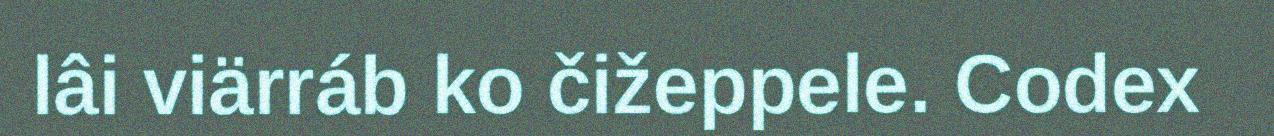
lâi viärráb ko čižeppele. Codex